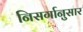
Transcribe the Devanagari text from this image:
निसर्गानुसार